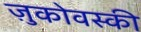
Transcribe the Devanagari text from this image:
ज़ुकोवस्की